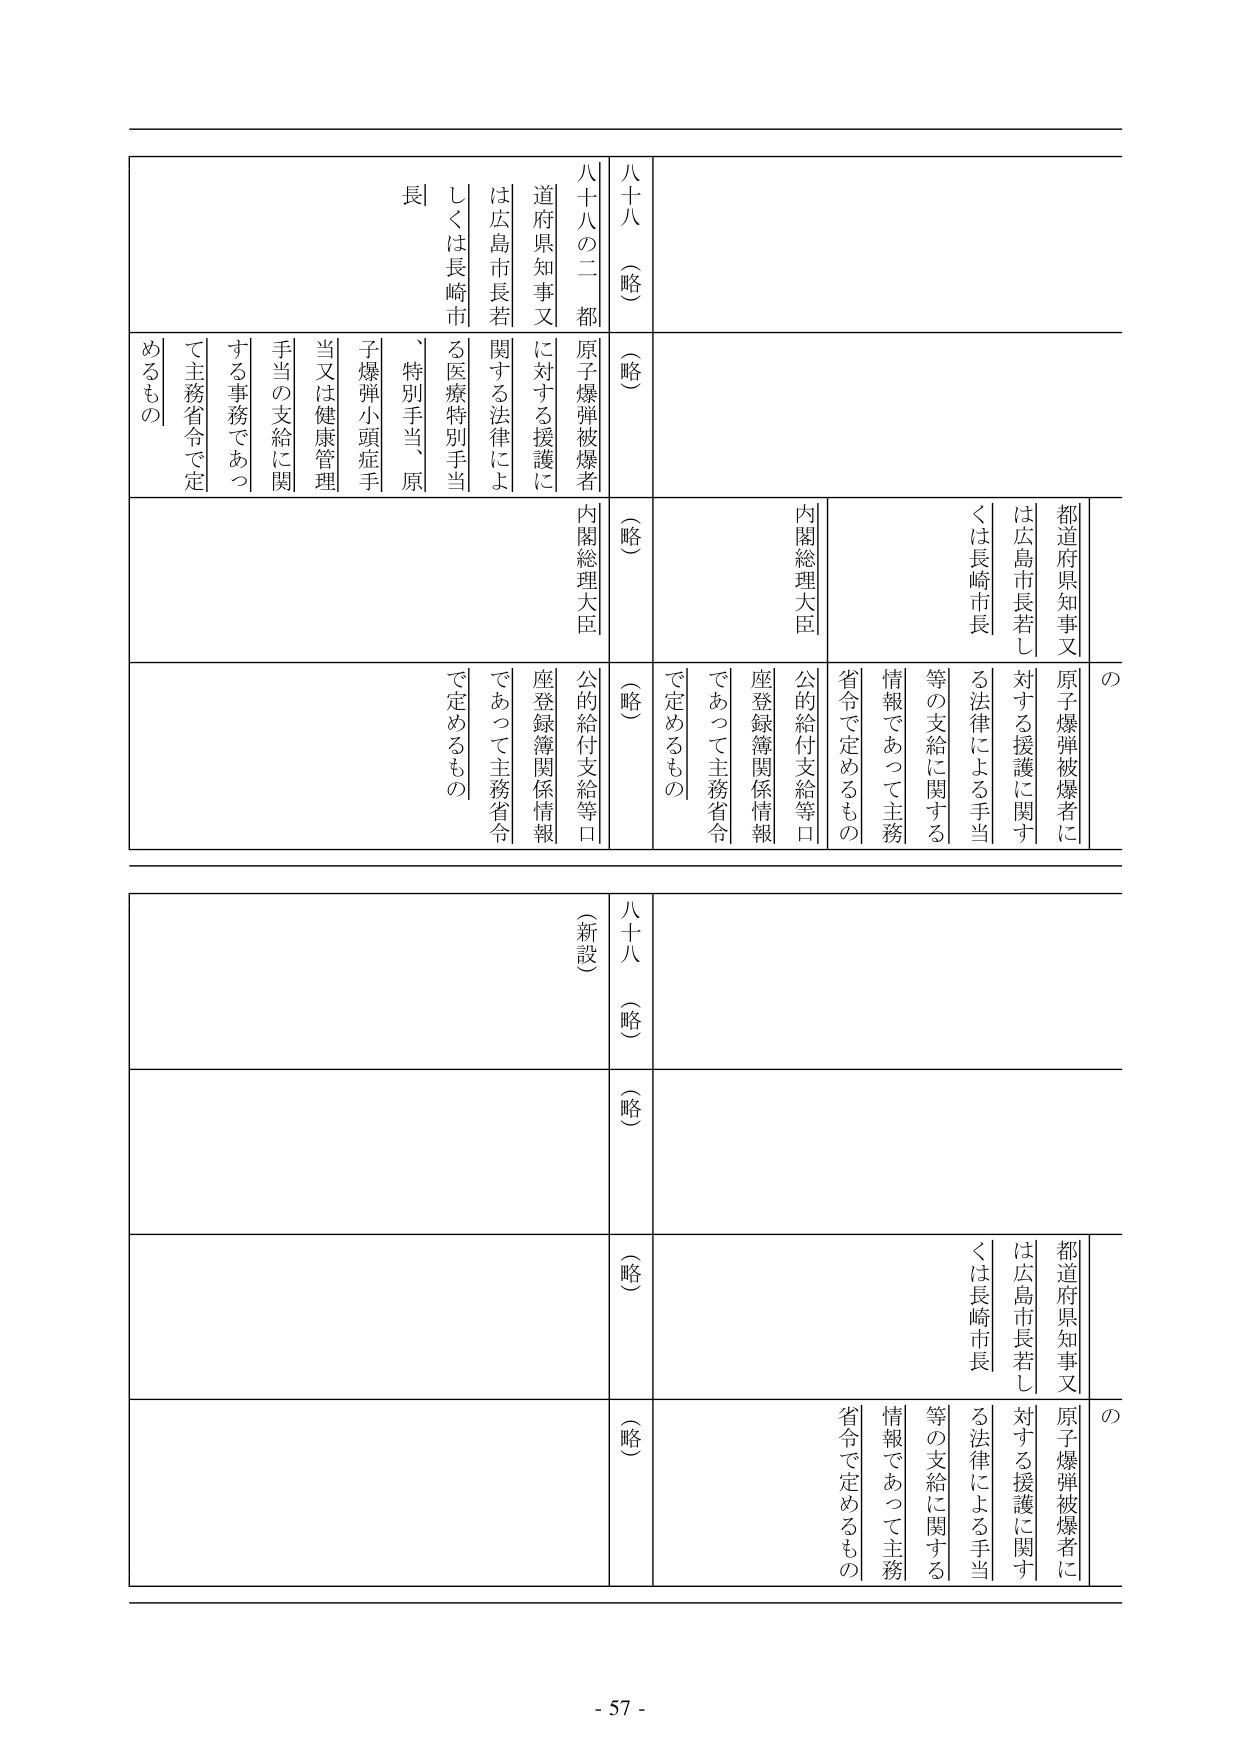
八十八（略）
八十八の二 都道府県知事又は広島市長若しくは長崎市長
原子爆弾被爆者に対する援護に関する法律による医療特別手当、特別手当、原子爆弾小頭症手当又は健康管理手当の支給に関する事務であつて主務省令で定めるもの
（略）
内閣総理大臣
（略）
内閣総理大臣
都道府県知事又は広島市長若しくは長崎市長
原子爆弾被爆者に対する援護に関する法律による手当等の支給に関する情報であつて主務省令で定めるもの
公的給付支給等口座登録簿関係情報であつて主務省令で定めるもの
の

八十八（略）
（新設）
（略）
（略）
（略）
都道府県知事又は広島市長若しくは長崎市長
原子爆弾被爆者に対する援護に関する法律による手当等の支給に関する情報であつて主務省令で定めるもの
公的給付支給等口座登録簿関係情報であつて主務省令で定めるもの
の

- 57 -